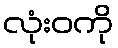
လုံးဝကို